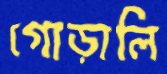
গোড়ালি